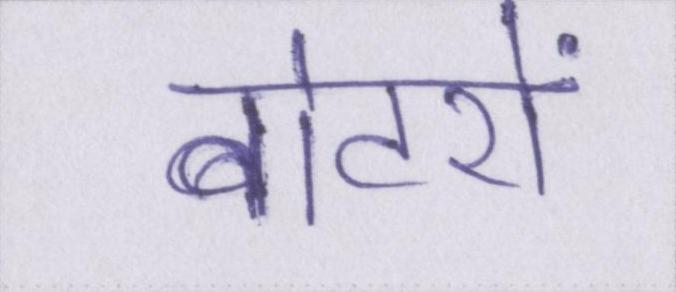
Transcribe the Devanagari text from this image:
वोटरों